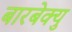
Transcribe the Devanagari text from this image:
बारबेक्यु